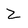
Character: Z